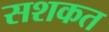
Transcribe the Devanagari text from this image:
सशकत